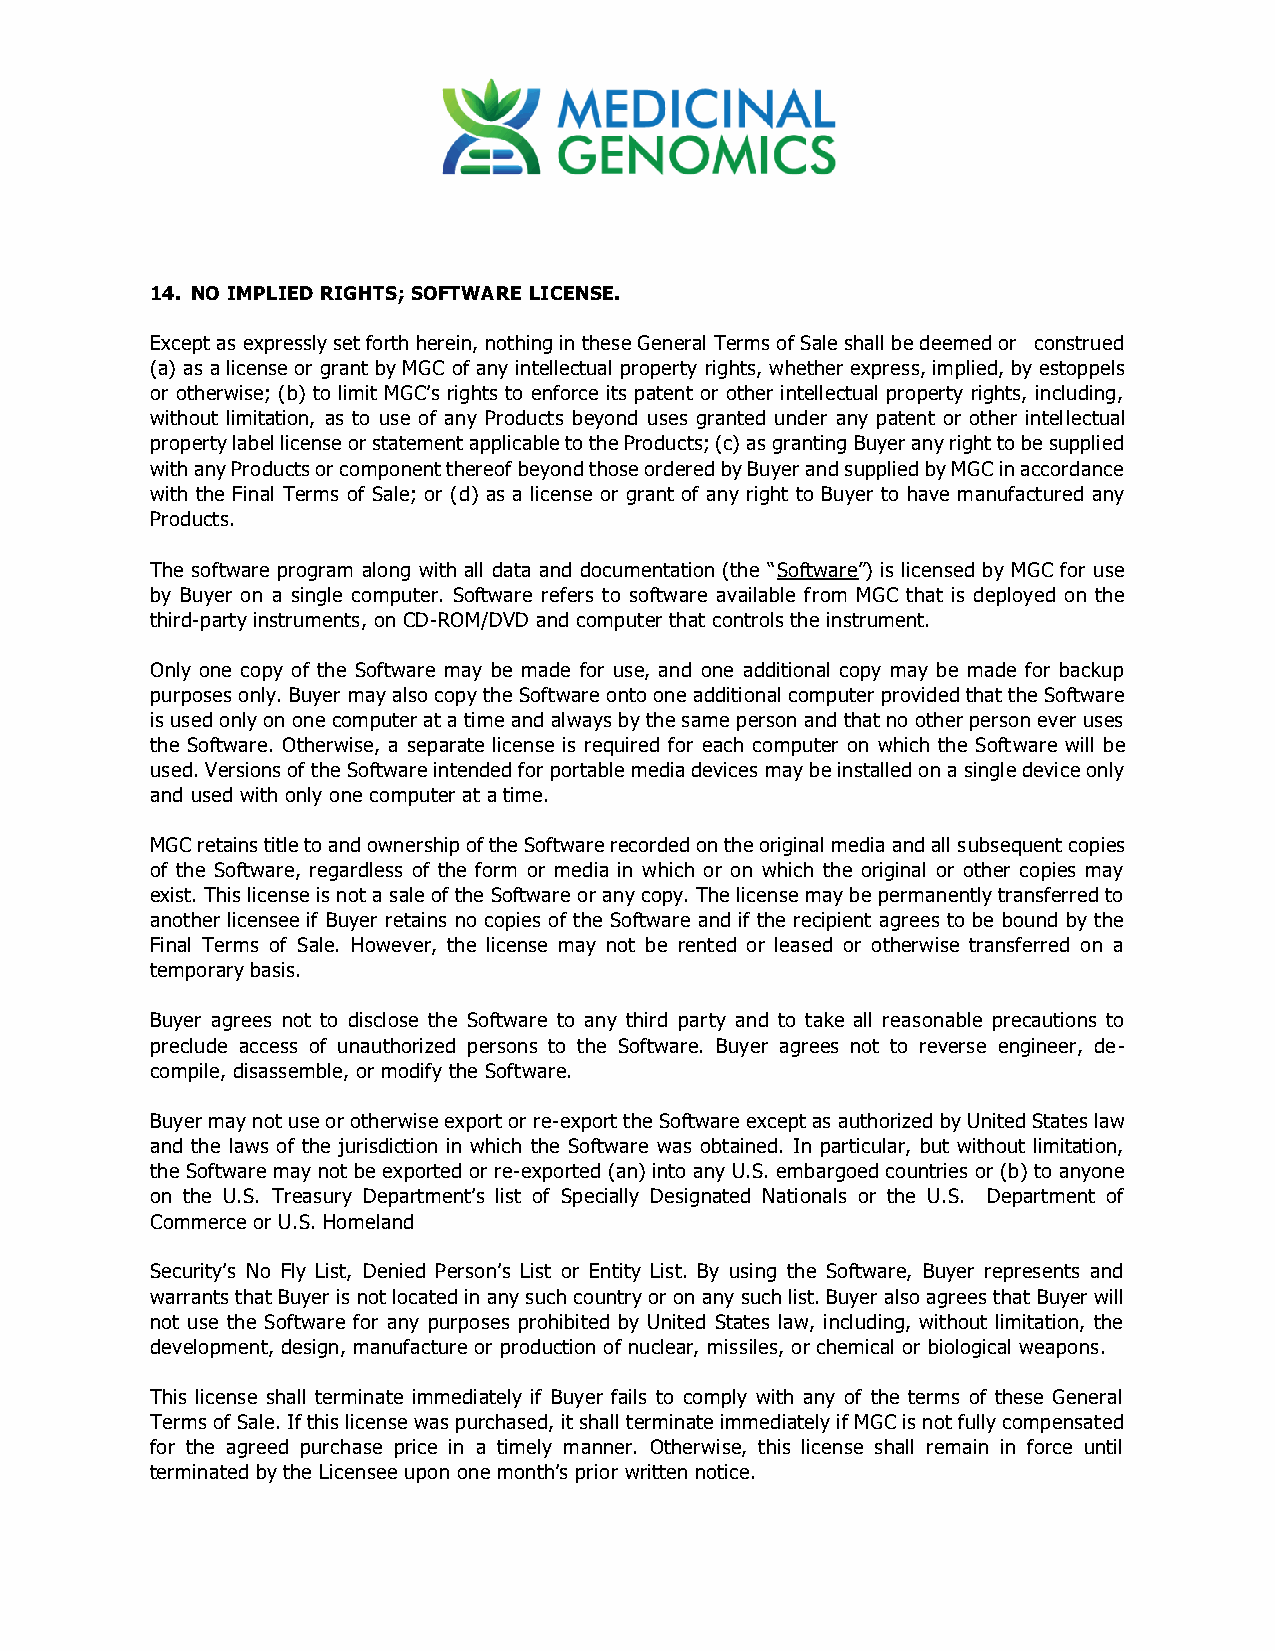
14. NO IMPLIED RIGHTS; SOFTWARE LICENSE.
 Except as expressly set forth herein, nothing in these General Terms of Sale shall be deemed or construed
 (a) as a license or grant by MGC of any intellectual property rights, whether express, implied, by estoppels
 or otherwise; (b) to limit MGC’s rights to enforce its patent or other intellectual property rights, including,
 without limitation, as to use of any Products beyond uses granted under any patent or other intellectual
 property label license or statement applicable to the Products; (c) as granting Buyer any right to be supplied
 with any Products or component thereof beyond those ordered by Buyer and supplied by MGC in accordance
 with the Final Terms of Sale; or (d) as a license or grant of any right to Buyer to have manufactured any
 Products.
 The software program along with all data and documentation (the “Software”) is licensed by MGC for use
 by Buyer on a single computer. Software refers to software available from MGC that is deployed on the
 third-party instruments, on CD-ROM/DVD and computer that controls the instrument.
 Only one copy of the Software may be made for use, and one additional copy may be made for backup
 purposes only. Buyer may also copy the Software onto one additional computer provided that the Software
 is used only on one computer at a time and always by the same person and that no other person ever uses
 the Software. Otherwise, a separate license is required for each computer on which the Software will be
 used. Versions of the Software intended for portable media devices may be installed on a single device only
 and used with only one computer at a time.
 MGC retains title to and ownership of the Software recorded on the original media and all subsequent copies
 of the Software, regardless of the form or media in which or on which the original or other copies may
 exist. This license is not a sale of the Software or any copy. The license may be permanently transferred to
 another licensee if Buyer retains no copies of the Software and if the recipient agrees to be bound by the
 Final Terms of Sale. However, the license may not be rented or leased or otherwise transferred on a
 temporary basis.
 Buyer agrees not to disclose the Software to any third party and to take all reasonable precautions to
 preclude access of unauthorized persons to the Software. Buyer agrees not to reverse engineer, de-
 compile, disassemble, or modify the Software.
 Buyer may not use or otherwise export or re-export the Software except as authorized by United States law
 and the laws of the jurisdiction in which the Software was obtained. In particular, but without limitation,
 the Software may not be exported or re-exported (an) into any U.S. embargoed countries or (b) to anyone
 on the U.S. Treasury Department’s list of Specially Designated Nationals or the U.S. Department of
 Commerce or U.S. Homeland
 Security’s No Fly List, Denied Person’s List or Entity List. By using the Software, Buyer represents and
 warrants that Buyer is not located in any such country or on any such list. Buyer also agrees that Buyer will
 not use the Software for any purposes prohibited by United States law, including, without limitation, the
 development, design, manufacture or production of nuclear, missiles, or chemical or biological weapons.
 This license shall terminate immediately if Buyer fails to comply with any of the terms of these General
 Terms of Sale. If this license was purchased, it shall terminate immediately if MGC is not fully compensated
 for the agreed purchase price in a timely manner. Otherwise, this license shall remain in force until
 terminated by the Licensee upon one month’s prior written notice.